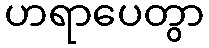
ဟရာပေတွာ